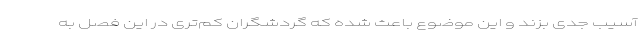
آسیب جدی بزند و این موضوع باعث شده که گردشگران کم‌تری در این فصل به